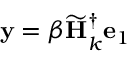
\mathbf { y } = \beta \widetilde { \mathbf { H } } _ { k } ^ { \dagger } \mathbf { e } _ { 1 }